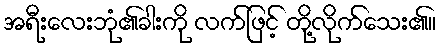
အရီးလေးဘုံ၏ခါးကို လက်ဖြင့် တို့လိုက်သေး၏။